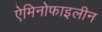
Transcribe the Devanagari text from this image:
ऐमिनोफाइलीन